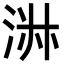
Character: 㳤